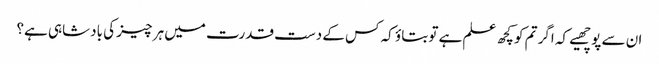
ان سے پوچھیے کہ اگر تم کو کچھ علم ہے تو بتاؤ کہ کس کے دست قدرت میں ہر چیز کی بادشاہی ہے؟